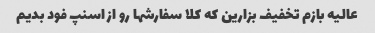
عالیه بازم تخفیف بزارین که کلا سفارشها رو از اسنپ فود بدیم